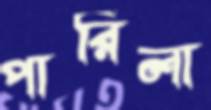
পারিলা